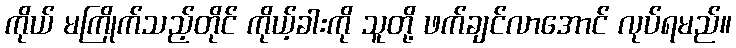
ကိုယ် မကြိုက်သည့်တိုင် ကိုယ့်ခါးကို သူတို့ ဖက်ချင်လာအောင် လုပ်ရမည်။